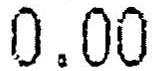
0.00